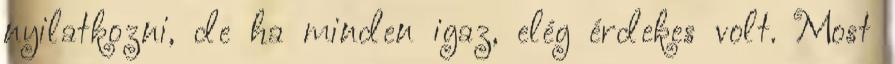
nyilatkozni, de ha minden igaz, elég érdekes volt. Most